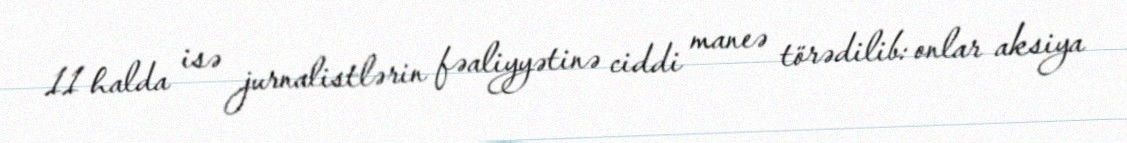
11 halda isə jurnalistlərin fəaliyyətinə ciddi maneə törədilib: onlar aksiya